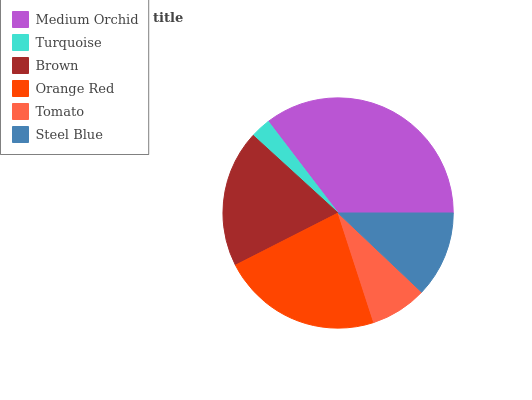
| Medium Orchid | Turquoise | Brown | Orange Red | Tomato | Steel Blue |
 | --- | --- | --- | --- | --- | --- |
 | 35.4% | 2.85% | 19.3% | 22.5% | 7.94% | 12.1% |